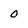
Character: 0